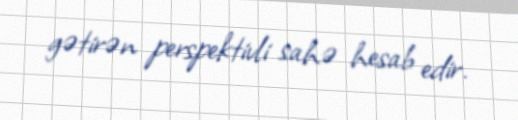
gətirən perspektivli sahə hesab edir.